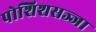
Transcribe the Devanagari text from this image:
पोशिशसज्जा